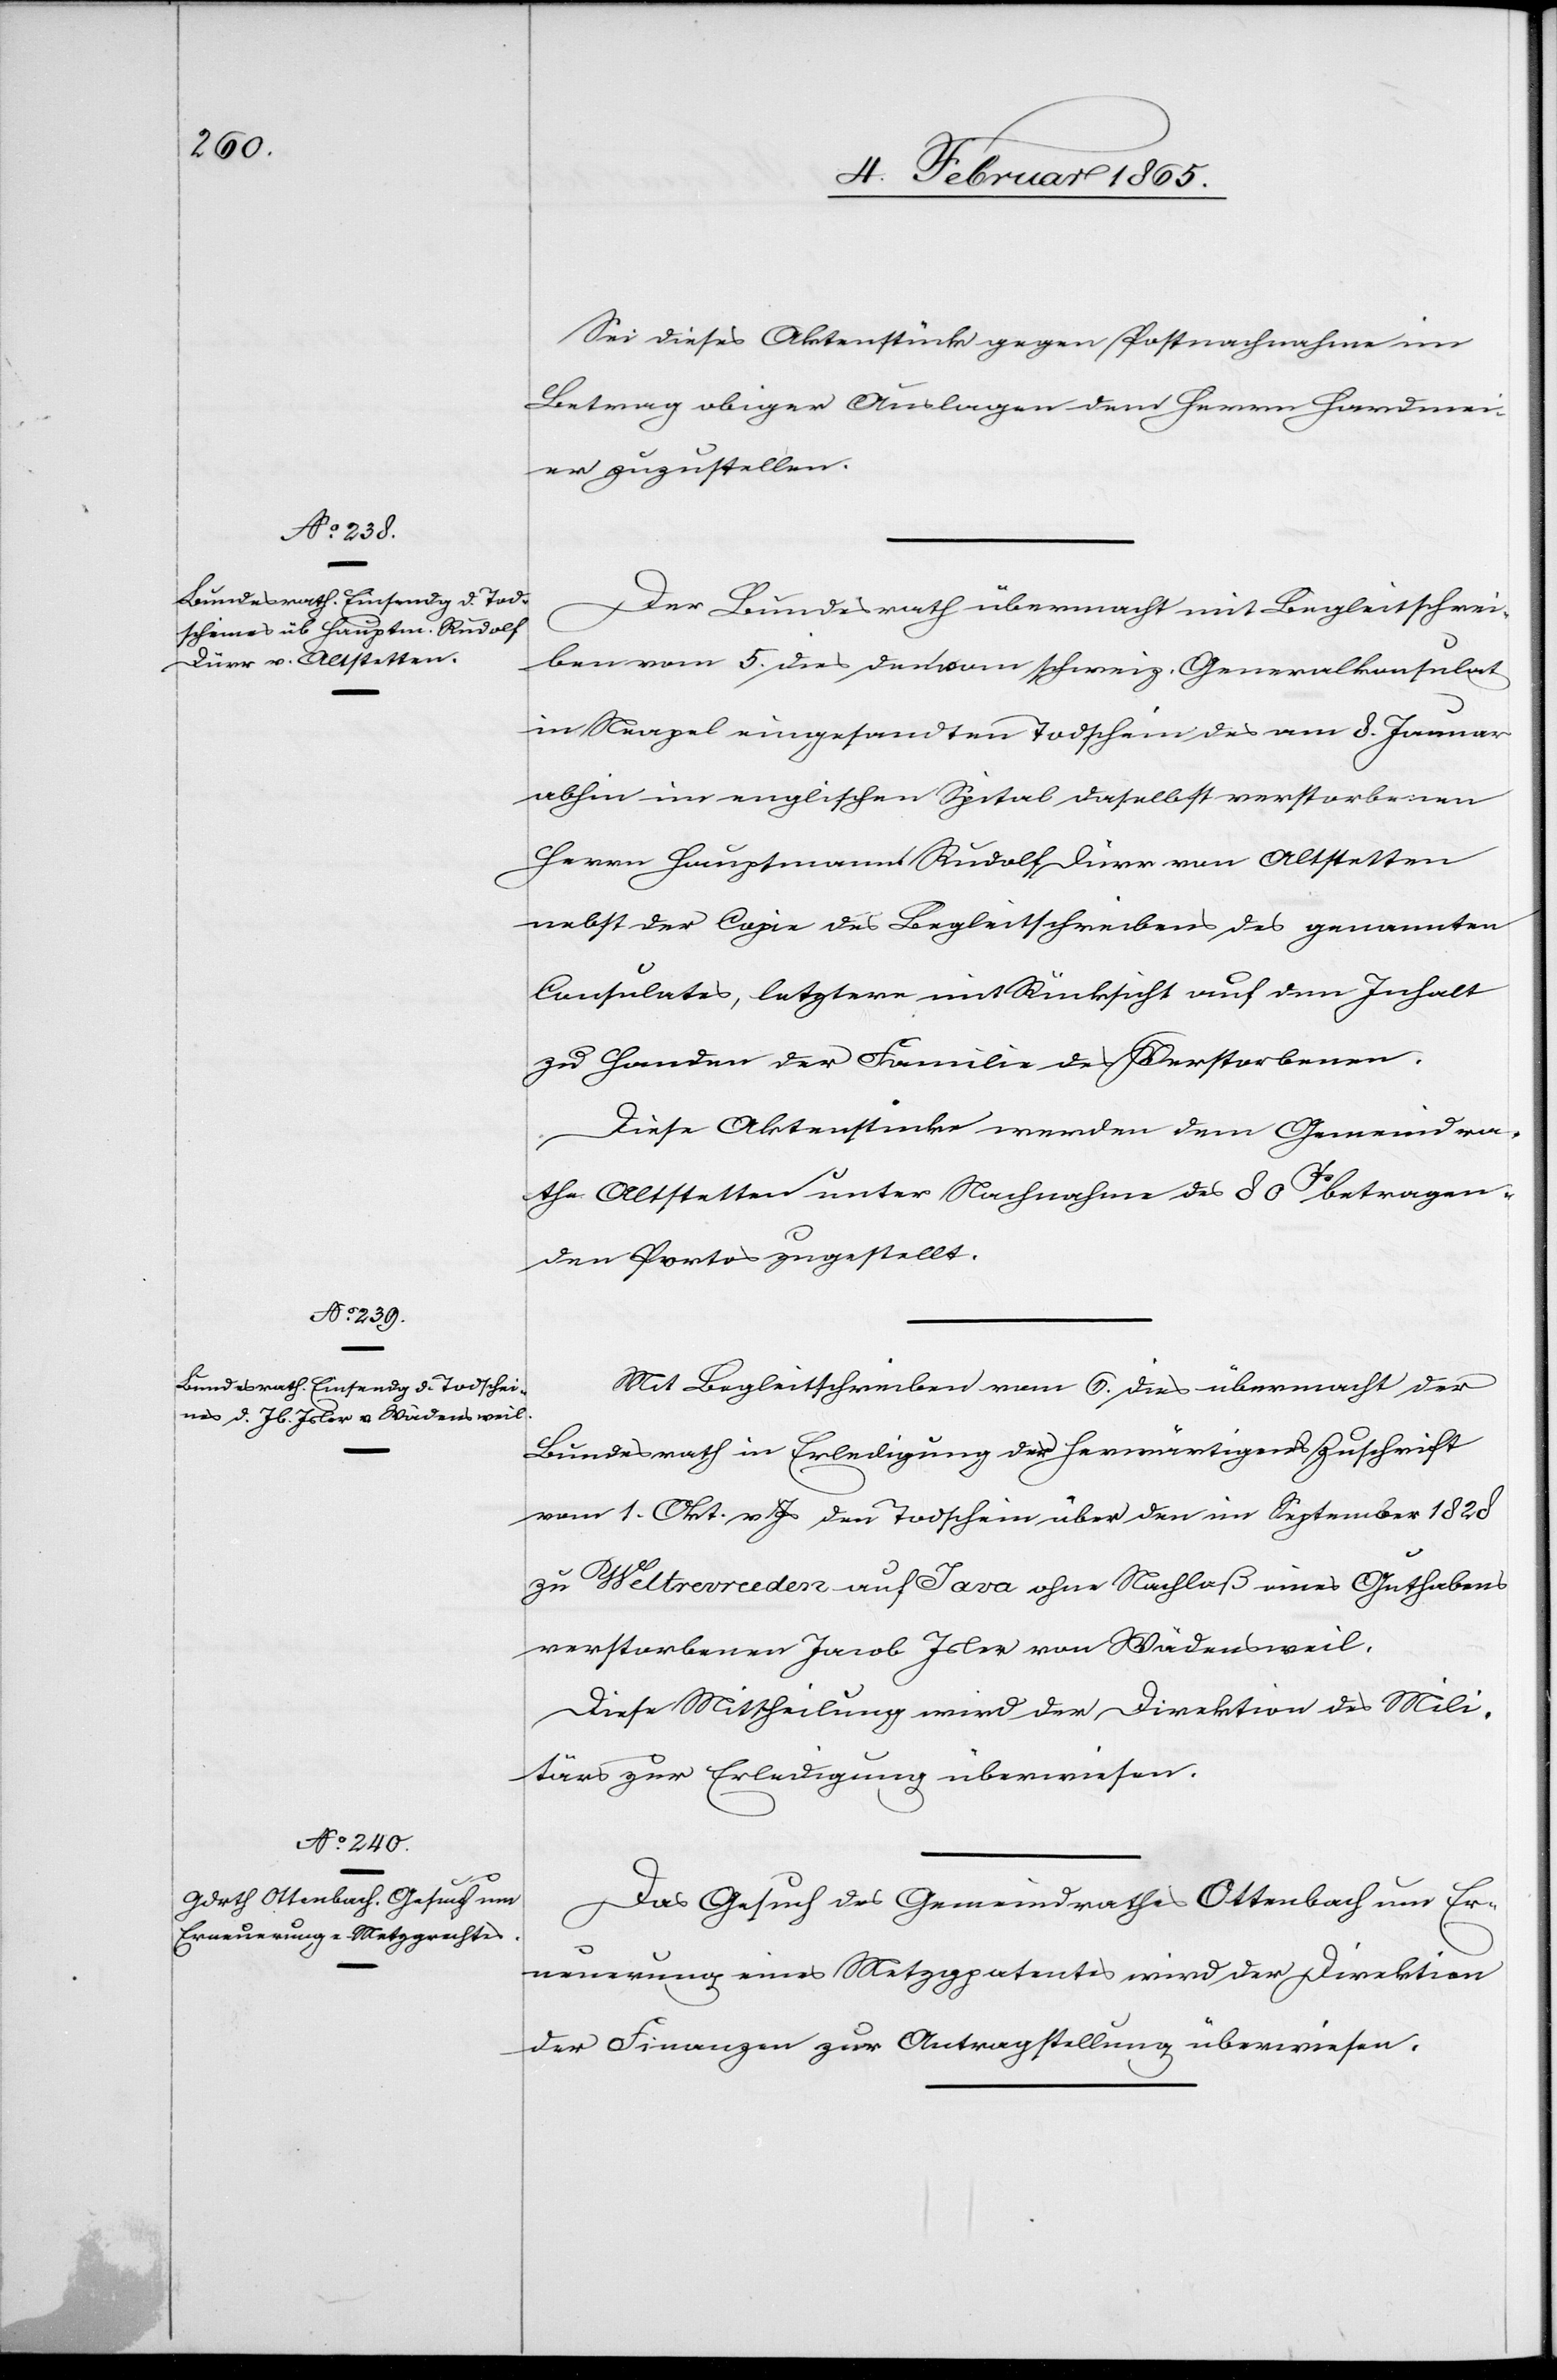
8. Februar 1865.]
Sei dieses Aktenstück gegen Postnachnahme im
Betrag obiger Auslagen dem Herrn Hardmei¬
er zuzustellen.
Der Bundesrath übermacht mit Begleitschrei¬
ben vom 5. dies den vom schweiz. Generalkonsulat
in Neapel eingesandten Todschein des am 8. Januar
abhin im englischen Spital daselbst verstorbenen
Herrn Hauptmann Rudolf Dürr von Altstetten
nebst der Copie des Begleitschreibens des genannten
Consulates, letztere mit Rücksicht auf den Inhalt
zu Handen der Familie des Verstorbenen.
Diese Aktenstücke werden dem Gemeindra¬
the Altstetten unter Nachnahme des 80 Cts betragen¬
den Portos zugestellt.
Mit Begleitschreiben vom 6. dies übermacht der
Bundesrath in Erledigung der herwärtigen Zuschrift
vom 1. Okt. v. Js den Todschein über den im September 1828
Weltevreden] auf Java ohne Nachlaß eines Guthabens
verstorbenen Jacob Isler von Wädensweil.
Diese Mittheilung wird der Direktion des Mili¬
tärs zur Erledigung überwiesen.
Das Gesuch des Gemeindrathes Ottenbach nur Er¬
neuerung eines Metzgpatentes wird der Direktion
der Finanzen zur Antragstellung überwiesen.